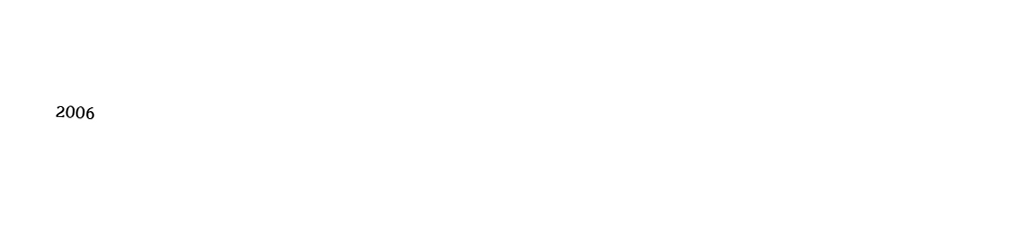

2006